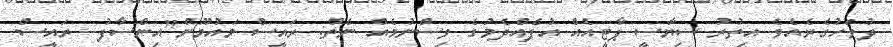
ދުވަހުގެރެއެވެ އިތުރު ސިޔާސީ ޕާޓީއެއް އުފެއްދެމުގެ ވިސްނުމެއް ނެތް: ރައީސް މައުމޫން"އިންސާފު- ރައީސް